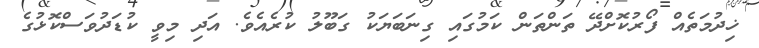
ޚިދުމަތެއް ފޯރުކޮށްދޭ ތަންތަން ކަމުގައި ގިނަބަޔަކު ގަބޫލު ކުރެއެވެ. އަދި މިވީ ކުޑަދުވަސްކޮޅުގެ